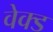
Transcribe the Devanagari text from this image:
वेक्ड